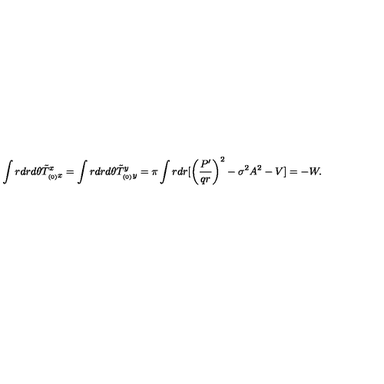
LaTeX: \int r d r d \theta \tilde { T } _ { _ { ( 0 ) } x } ^ { x } = \int r d r d \theta \tilde { T } _ { _ { ( 0 ) } y } ^ { y } = \pi \int r d r [ \left( \frac { P ^ { \prime } } { q r } \right) ^ { 2 } - \sigma ^ { 2 } A ^ { 2 } - V ] = - W .